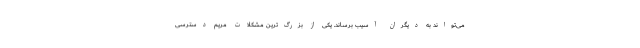
می‌تواند به دیگران آسیب برساند. یکی از بزرگ‌ترین مشکلات مریم دسترسی